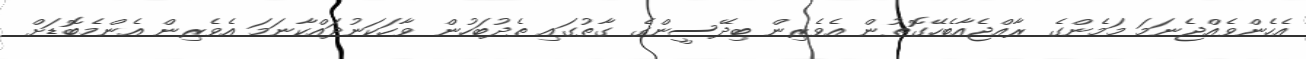
އެހެންވެއްޖެނަމަ މަމެންގެ ރާއްޖެއާބެހޭގޮތުން އެވެރިން ބިދޭސީންގެ ގާތުގައި ތެދުބަހުން ވާހަކަނުދައްކާނަމަ އެވެރިން އެންމެބޮޑަށް